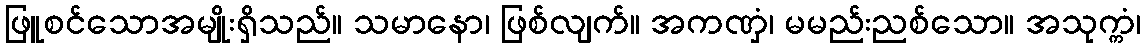
ဖြူစင်သောအမျိုးရှိသည်။ သမာနော၊ ဖြစ်လျက်။ အကဏှံ၊ မမည်းညစ်သော။ အသုက္ကံ၊